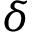
\delta